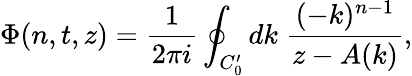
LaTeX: \Phi(n,t,z)=\frac{1}{2\pi i}\oint_{C_{0}^{\prime}}dk\; \frac{(-k)^{n-1}}{z-A(k)},